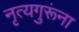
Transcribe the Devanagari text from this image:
नृत्यगुरूंना